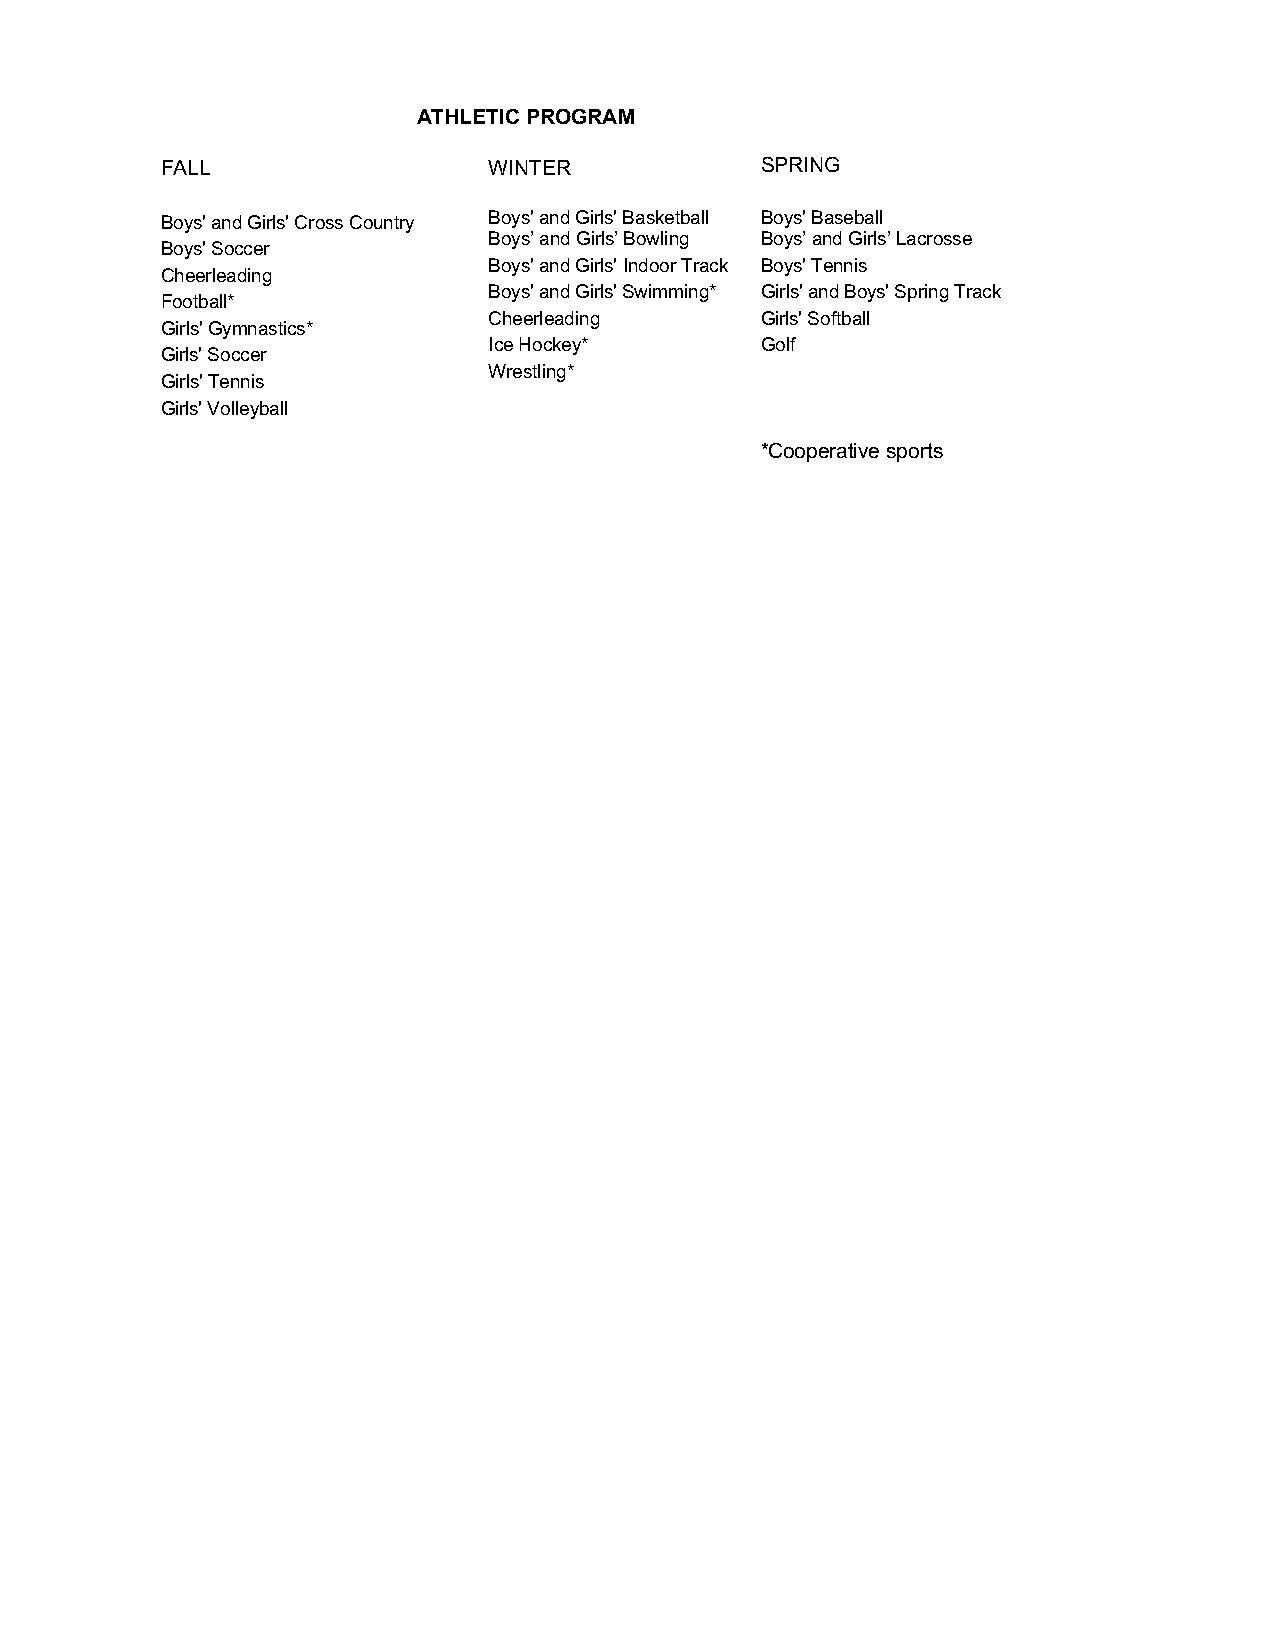
ATHLETIC PROGRAM
 FALL                 WINTER            SPRING
 Boys' and Girls' Cross Country Boys' and Girls' Basketball Boys' Baseball
 Boys’ and Girls’ Bowling Boys’ and Girls’ Lacrosse
 Boys' Soccer
 Boys' and Girls' Indoor Track Boys' Tennis
 Cheerleading
 Boys' and Girls' Swimming* Girls' and Boys' Spring Track
 Football*
 Cheerleading      Girls' Softball
 Girls' Gymnastics*
 Ice Hockey*       Golf
 Girls' Soccer
 Wrestling*
 Girls' Tennis
 Girls' Volleyball
 *Cooperative sports